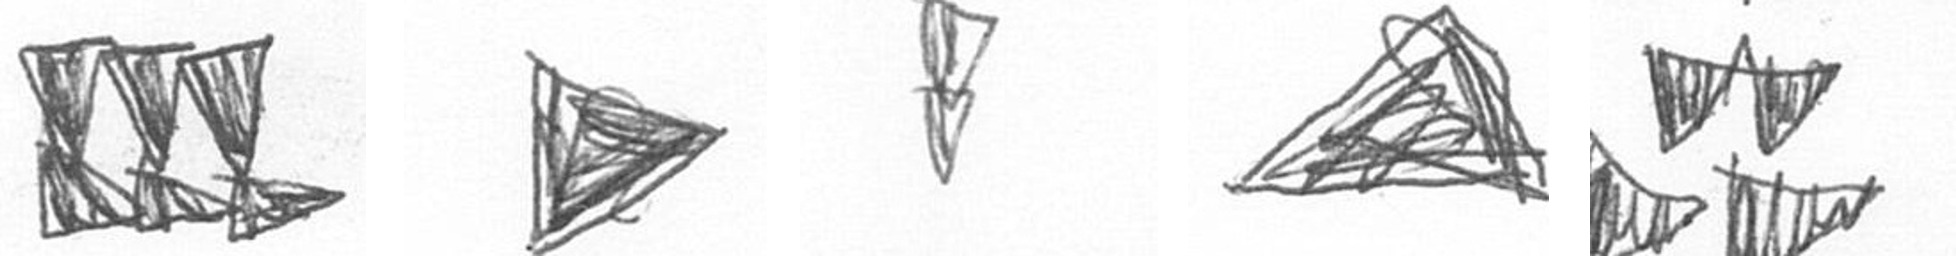
D T Z O B